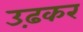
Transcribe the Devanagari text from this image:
उढ़कर